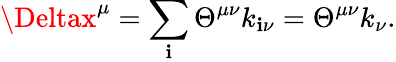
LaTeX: \Deltax^{\mu}=\sum_{\mathbf{i}}\Theta^{\mu\nu}k_{\mathbf{i}\nu}=\Theta^{\mu\nu}k_{\nu}.